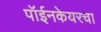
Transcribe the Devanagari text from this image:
पॉईनकेयरचा